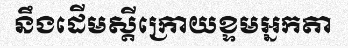
នឹងដើមស្តីក្រោយខ្ទមអ្នកតា